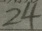
2 4